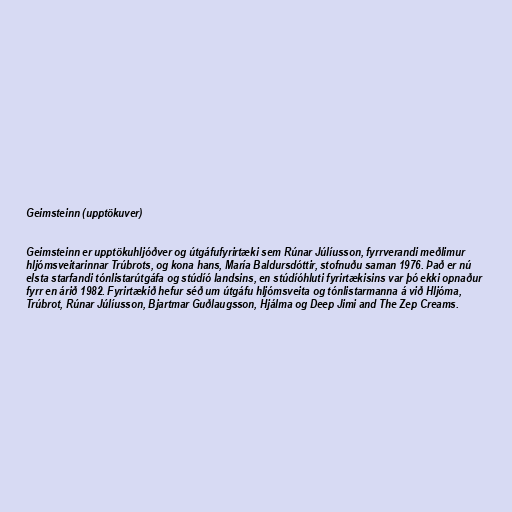
Geimsteinn (upptökuver)

Geimsteinn er upptökuhljóðver og útgáfufyrirtæki sem Rúnar Júlíusson, fyrrverandi meðlimur
hljómsveitarinnar Trúbrots, og kona hans, María Baldursdóttir, stofnuðu saman 1976. Það er nú
elsta starfandi tónlistarútgáfa og stúdíó landsins, en stúdíóhluti fyrirtækisins var þó ekki opnaður
fyrr en árið 1982. Fyrirtækið hefur séð um útgáfu hljómsveita og tónlistarmanna á við Hljóma,
Trúbrot, Rúnar Júlíusson, Bjartmar Guðlaugsson, Hjálma og Deep Jimi and The Zep Creams.